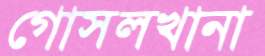
গোসলখানা